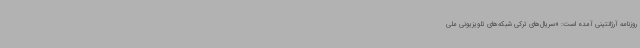
روزنامه آرژانتینی آمده است: «سریال‌های ترکی شبکه‌های تلویزیونی ملی